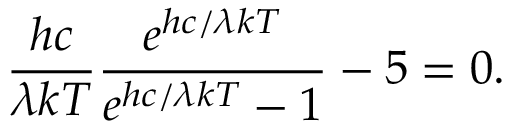
{ \frac { h c } { \lambda k T } } { \frac { e ^ { h c / \lambda k T } } { e ^ { h c / \lambda k T } - 1 } } - 5 = 0 .